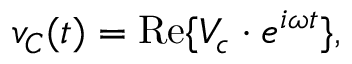
v _ { C } ( t ) = \operatorname { R e } \{ V _ { c } \cdot e ^ { i \omega t } \} ,